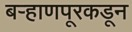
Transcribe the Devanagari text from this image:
बऱ्हाणपूरकडून